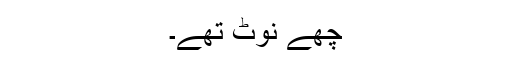
چھے نوٹ تھے۔